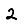
Digit: 2